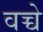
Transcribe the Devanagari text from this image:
वच्चे